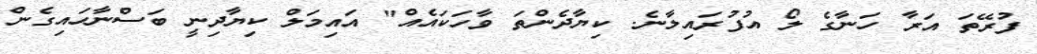
ފުރޭތަ އަރާ ހަނާގެ ލޯ އުފުރައިލާނެ. ކިޔާދެންތަ ވާހަކައެއް" އައިމަލް ކިޔާދިނީ ބަސްނާހައިގެން